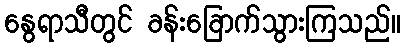
နွေရာသီတွင် ခန်းခြောက်သွားကြသည်။